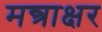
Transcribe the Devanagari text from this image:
मन्त्राक्षर